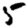
Digit: 5